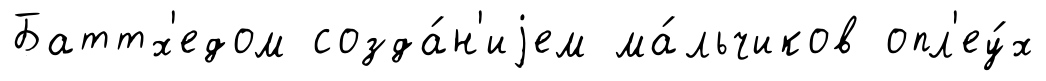
Баттх'едом созда́н'иjем ма́льчиков опл'еу́х